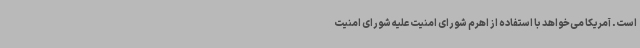
است. آمریکا می‌خواهد با استفاده از اهرم شورای امنیت علیه شورای امنیت